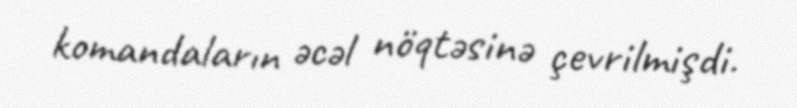
komandaların əcəl nöqtəsinə çevrilmişdi.